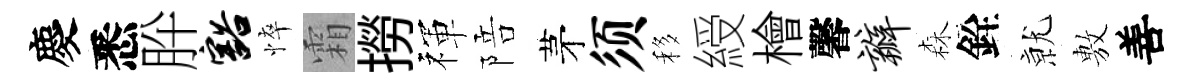
慶悉肸豁悴霜撈禈陪茅须移綬檜馨瓣森銓𭕒𢾾善